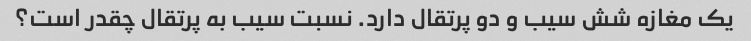
یک مغازه شش سیب و دو پرتقال دارد. نسبت سیب به پرتقال چقدر است؟